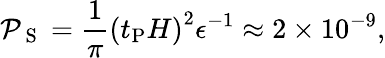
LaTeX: {\cal P}_{\mathrm{~S~}}=\frac{1}{\pi}\left(t_{\mathrm{P}}H\right)^{2}\epsilon^{-1}\approx 2\times 10^{-9},